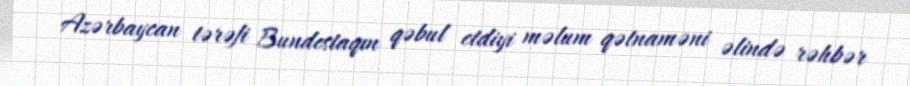
Azərbaycan tərəfi Bundestaqın qəbul etdiyi məlum qətnaməni əlində rəhbər